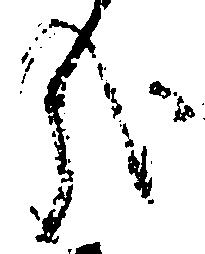
哉